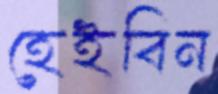
হেইবিন